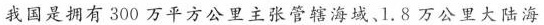
我国是拥有300万平方公里主张管辖海域、1.8万公里大陆海